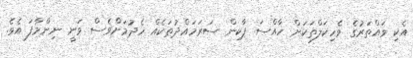
އެކި ވައްތަރުގެ ވެހިކަލްތަކަށް ހާއްސަ ޕާކިން ސަރަހައްދުތަކެއް ހެދުމަށްވެސް ވަނީ ނިންމާފަ އެވެ.